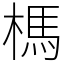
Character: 榪